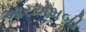
આરએમબી